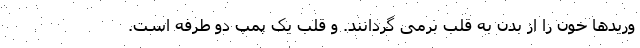
وریدها خون را از بدن به قلب برمی گردانند. و قلب یک پمپ دو طرفه است.